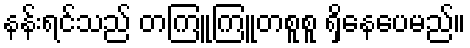
နန်းရင်သည် တကြူကြူတစူစူ ရှိနေပေမည်။